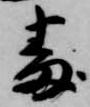
番